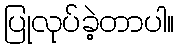
ပြုလုပ်ခဲ့တာပါ။